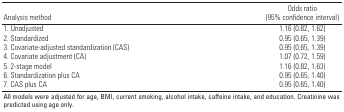
<table><thead><tr><td><b>Analysis method</b></td><td><b>Odds ratio (95% confidence interval)</b></td></tr></thead><tbody><tr><td><b>1. Unadjusted</b></td><td>1.16 (0.82, 1.62)</td></tr><tr><td><b>2. Standardized</b></td><td>0.95 (0.65, 1.39)</td></tr><tr><td><b>3. Covariate-adjusted standardization (CAS)</b></td><td>0.95 (0.65, 1.39)</td></tr><tr><td><b>4. Covariate adjustment (CA)</b></td><td>1.07 (0.72, 1.59)</td></tr><tr><td><b>5. 2-stage model</b></td><td>1.16 (0.82, 1.63)</td></tr><tr><td><b>6. Standardization plus CA</b></td><td>0.95 (0.65, 1.40)</td></tr><tr><td><b>7. CAS plus CA</b></td><td>0.95 (0.65, 1.40)</td></tr><tr><td colspan="2">All models were adjusted for age, BMI, current smoking, alcohol intake, caffeine intake, and education. Creatinine was predicted using age only.</td></tr></tbody></table>